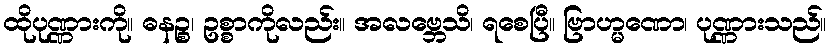
ထိုပုဏ္ဏားကို။ ဓနဉ္စ၊ ဥစ္စာကိုလည်း။ အလဗ္ဘေသိ၊ ရစေပြီ။ ဗြာဟ္မဏော၊ ပုဏ္ဏားသည်။